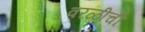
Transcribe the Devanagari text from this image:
वरळीची